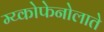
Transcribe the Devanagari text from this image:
म्य्कोफेनोलाते